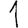
Digit: 1